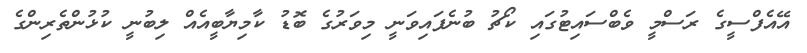
އޭއެފްސީގެ ރަސްމީ ވެބްސައިޓުގައި ކޯޗު ބުނެފައިވަނީ މިވަރުގެ ބޮޑު ކާމިޔާބީއެއް ލިބުނީ ކުޅުންތެރިންގެ